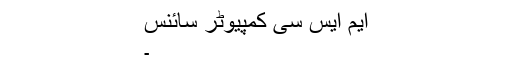
ایم ایس سی کمپیوٹر سائنس
۔